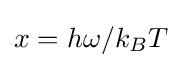
x=h\omega /k_{B}T